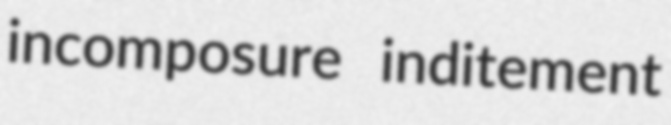
incomposure inditement